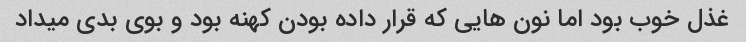
غذل خوب بود اما نون هایی که قرار داده بودن کهنه بود و بوی بدی میداد